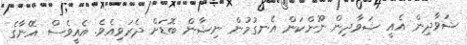
ޝަވާދިން އެއީ ޝަވާދިން ނޫންކަން އެނގުމުން ނިޝާން ބޮޑަށް ދެރަވިއެވެ. އެއީވެސް އޭނާގެ